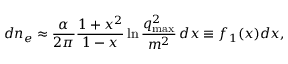
d n _ { e } \approx \frac { \alpha } { 2 \pi } \frac { 1 + x ^ { 2 } } { 1 - x } \ln { \frac { q _ { \mathrm { m a x } } ^ { 2 } } { m ^ { 2 } } } \, d x \equiv f _ { 1 } ( x ) d x ,